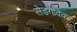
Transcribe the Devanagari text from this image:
सेडगेविक